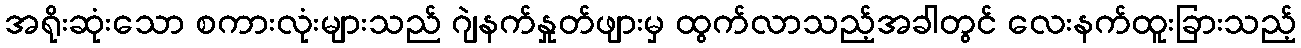
အရိုးဆုံးသော စကားလုံးများသည် ဂျဲနက်နှုတ်ဖျားမှ ထွက်လာသည့်အခါတွင် လေးနက်ထူးခြားသည့်